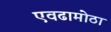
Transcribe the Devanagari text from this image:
एवढामोठा